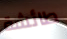
طائشة